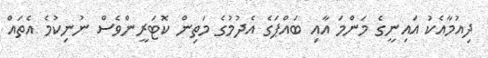
ދިއުމާއެކު އައިނީގެ މަންމަ އާއި ބައްޕަގެ އެދުމުގެ މަތިން ކޮޓަރީންވެސް ނުނިކުމެ އެތައް